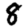
Digit: 8